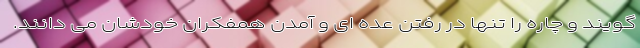
گویند و چاره را تنها در رفتن عده ای و آمدن همفکران خودشان می دانند.